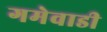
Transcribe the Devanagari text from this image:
गमेवाडी